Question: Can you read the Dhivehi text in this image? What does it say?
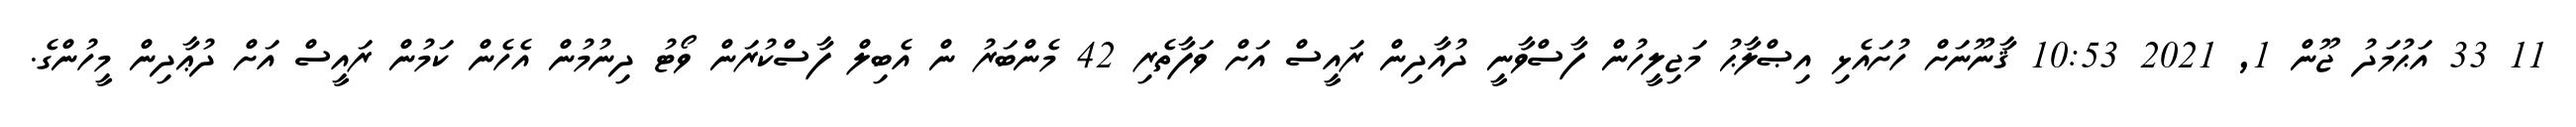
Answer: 11 33 އަޙުމަދު ޖޫން 1, 2021 10:53 ޤާނޫނަށް ހުށައެޅި އިޞްލާޙު މަޖިލީހުން ފާސްވާނީ ދުއާދިން ރައީސް އަށް ވަފާތެރި 42 މެންބަރު ން އެބިލް ފާސްކުރަން ވޯޓު ދިނުމުން އެހެން ކަމުން ރައީސް އަށް ދުޢާދިން މީހުންގެ.